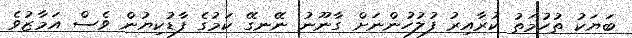
ބަޔަކު ތުހުމަތު ކުރާއިރު ފުލުހުންނަށް ގާނޫނު ނޭނގޭ ކަމުގެ ފާޑުކިޔުން ވެސް އަމާޒުވެ